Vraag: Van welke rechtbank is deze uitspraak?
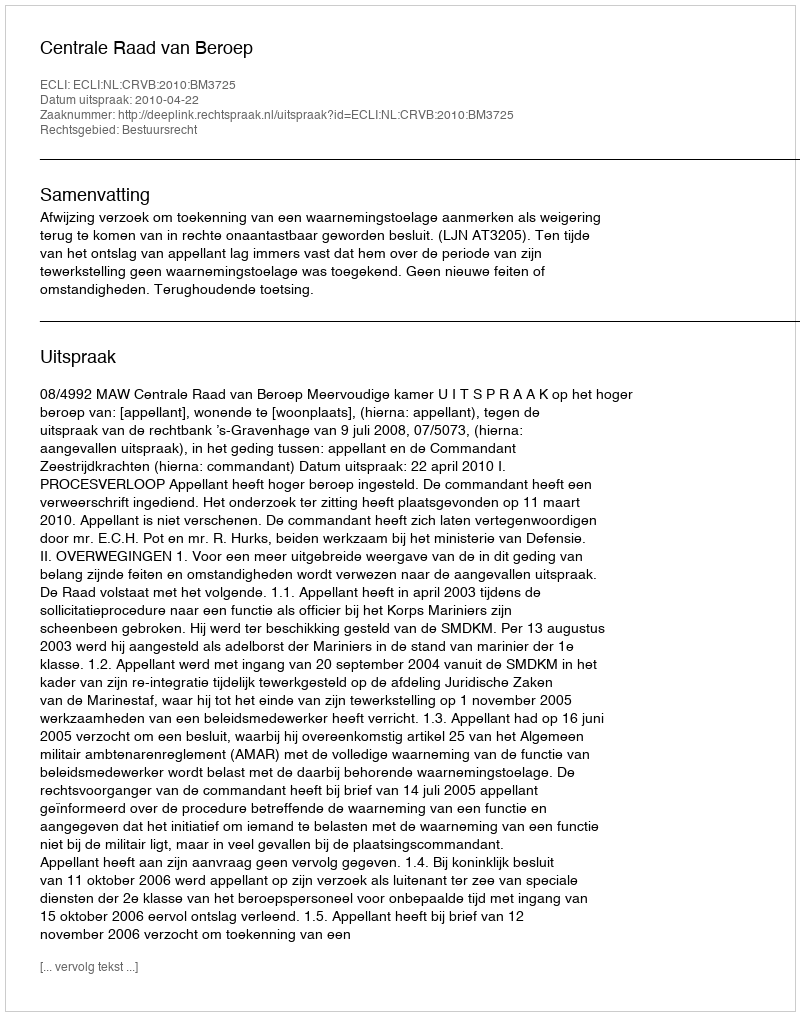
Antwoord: Centrale Raad van Beroep